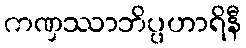
ကဏှဿာဘိပ္ပဟာရိနီ